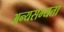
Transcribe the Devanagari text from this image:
अन्यसभ्यता